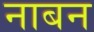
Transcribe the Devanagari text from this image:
नाबन